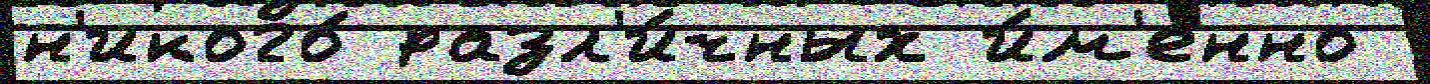
н'икого́ разл'и́чных и́м'енно